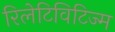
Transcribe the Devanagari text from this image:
रिलेटिविटिज्म